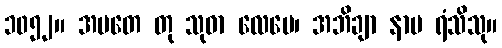
၁၀၅၂။ အမတေ တု သုဓာ လေပေ၊ အဘိချာ နာမ ရံသိသု။